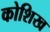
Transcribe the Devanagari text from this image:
कोशिख